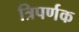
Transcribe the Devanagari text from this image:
त्रिपर्णक